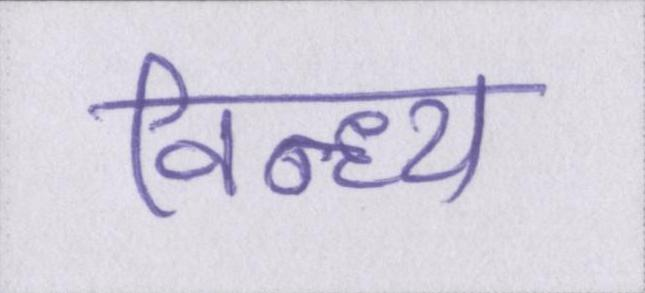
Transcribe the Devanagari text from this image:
विन्ध्य